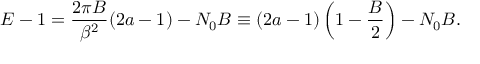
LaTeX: E - 1 = \frac { 2 \pi B } { \beta ^ { 2 } } ( 2 a - 1 ) - N _ { 0 } B \equiv ( 2 a - 1 ) \left( 1 - \frac { B } { 2 } \right) - N _ { 0 } B .